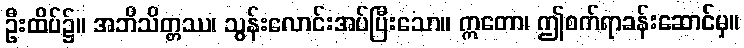
ဦးထိပ်၌။ အဘိသိတ္တဿ၊ သွန်းလောင်းအပ်ပြီးသော။ ဣတော၊ ဤစက်ရာခန်းဆောင်မှ။